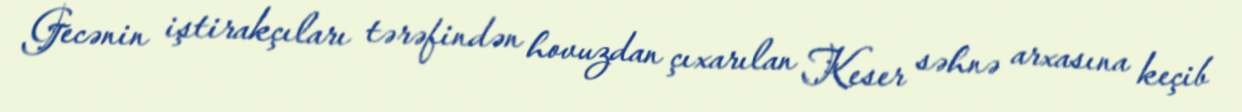
Gecənin iştirakçıları tərəfindən hovuzdan çıxarılan Keser səhnə arxasına keçib